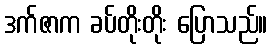
ဒက်ဇာက ခပ်တိုးတိုး ပြောသည်။